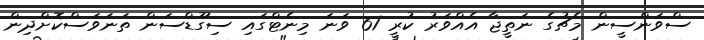
ސްވަންސީން މެޗުގެ ނަތީޖާ އެއްވަރު ކުރީ 61 ވަނަ މިނެޓްގައި ސިގޫޑްސަން ތަނަވަސްކޮށްދިން